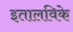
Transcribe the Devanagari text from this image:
इतालविके